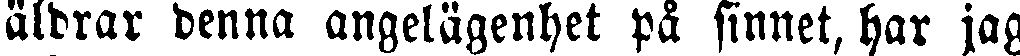
äldrar denna angelägenhet på sinnet, har jag